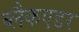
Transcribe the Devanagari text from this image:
ब्लैकएडर